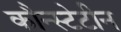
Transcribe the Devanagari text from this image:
कौन्स्टेटीन